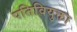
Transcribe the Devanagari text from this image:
पतिवियुक्ता